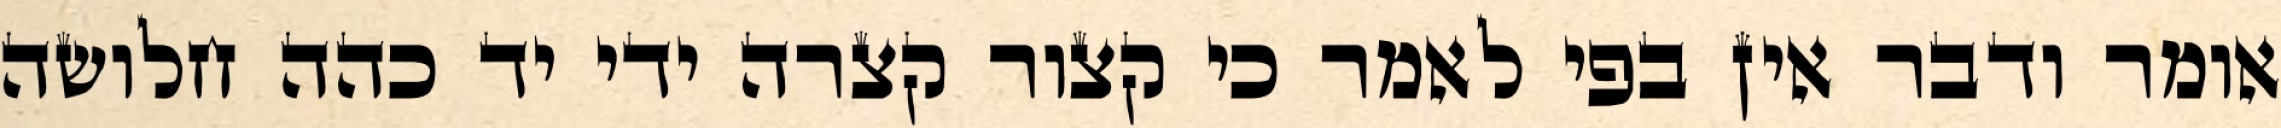
אומר ודבר אין בפי לאמר כי קצור קצרה ידי יד כהה חלושה